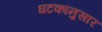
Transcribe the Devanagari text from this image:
घटकांनुसार